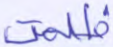
ظلمت